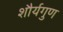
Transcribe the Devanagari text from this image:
शौर्यगुण